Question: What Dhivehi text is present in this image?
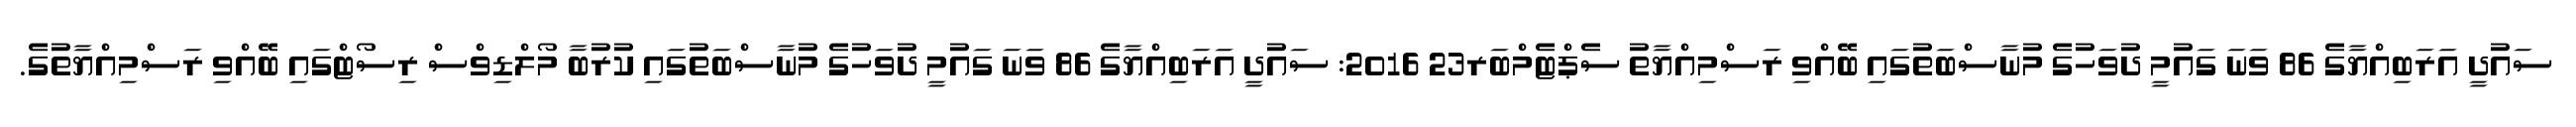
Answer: ސައުދީ އަރަބިއްޔާގެ 86 ވަނަ ގައުމީ ދުވަހުގެ މުނާސްބަތުގައި ބޭއްވި ރަސްމިއްޔާތު ސެޕްޓެމްބަރ23 2016: ސައުދީ އަރަބިއްޔާގެ 86 ވަނަ ގައުމީ ދުވަހުގެ މުނާސްބަތުގައި ކުރުބާ މޯލްޑިވްސް ރިސޯޓްގައި ބޭއްވި ރަސްމިއްޔާތުގެ.